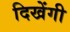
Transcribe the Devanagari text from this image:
दिखेंगी